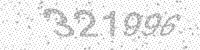
Solution: 321996